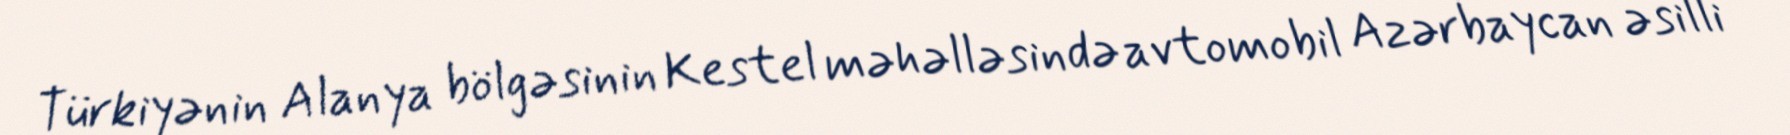
Türkiyənin Alanya bölgəsinin Kestel məhəlləsində avtomobil Azərbaycan əsilli